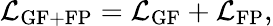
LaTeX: {\cal L}_{\mathrm{GF+FP}}={\cal L}_{\mathrm{GF}}+{\cal L}_{\mathrm{FP}},